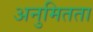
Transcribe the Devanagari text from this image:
अनुमितता